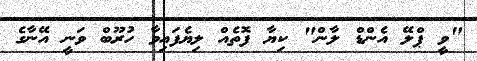
"ވީ ޕްލޭ އެންޑް ލާން" ކިޔާ ފޮތެއް ލިޔެފައިވާ ހުރޫބް ވަނީ އޭނާގެ